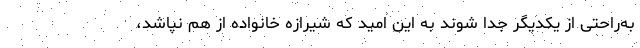
به‌راحتی از یکدیگر جدا شوند به این امید که شیرازه خانواده از هم نپاشد،